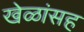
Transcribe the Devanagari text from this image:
खेळांसह